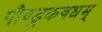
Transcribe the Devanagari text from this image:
पौण्ड्रकवधम्